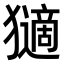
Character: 𤢼